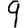
Digit: 9